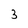
Character: 3